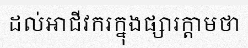
ដល់អាជីវករក្នុងផ្សារក្តាមថា